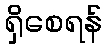
ရှိစေရန်